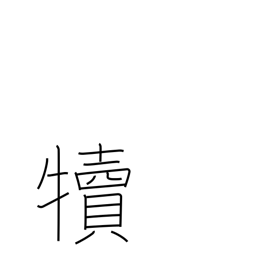
Meaning: calf